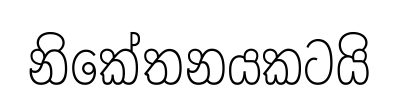
නිකේතනයකටයි